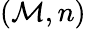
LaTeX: (\mathcal{M},n)